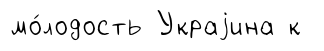
мо́лодость Украjина к